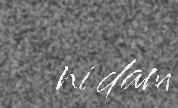
ni dam